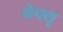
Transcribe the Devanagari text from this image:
नेफ्यू